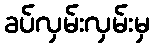
ခပ်လှမ်းလှမ်းမှ